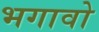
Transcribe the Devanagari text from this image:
भगावो